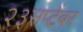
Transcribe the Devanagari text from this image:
२३सप्टेंबर